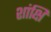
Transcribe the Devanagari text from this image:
शांक्षि